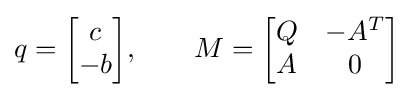
q={\begin{bmatrix}c\\-b\end{bmatrix}},\qquad M={\begin{bmatrix}Q&-A^{T}\\A&0\end{bmatrix}}